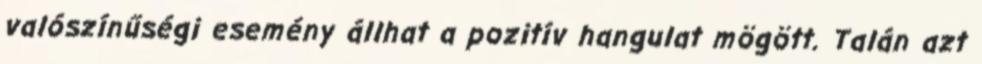
valószínűségi esemény állhat a pozitív hangulat mögött. Talán azt